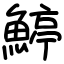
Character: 𩹇